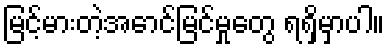
မြင့်မားတဲ့အောင်မြင်မှုတွေ ရရှိမှာပါ။